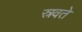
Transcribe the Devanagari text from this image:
स्रवते